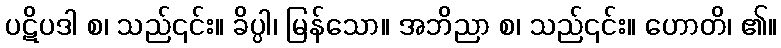
ပဋိပဒါ စ၊ သည်၎င်း။ ခိပ္ပါ၊ မြန်သော။ အဘိညာ စ၊ သည်၎င်း။ ဟောတိ၊ ၏။